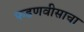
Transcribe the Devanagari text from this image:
फडणवीसाचा